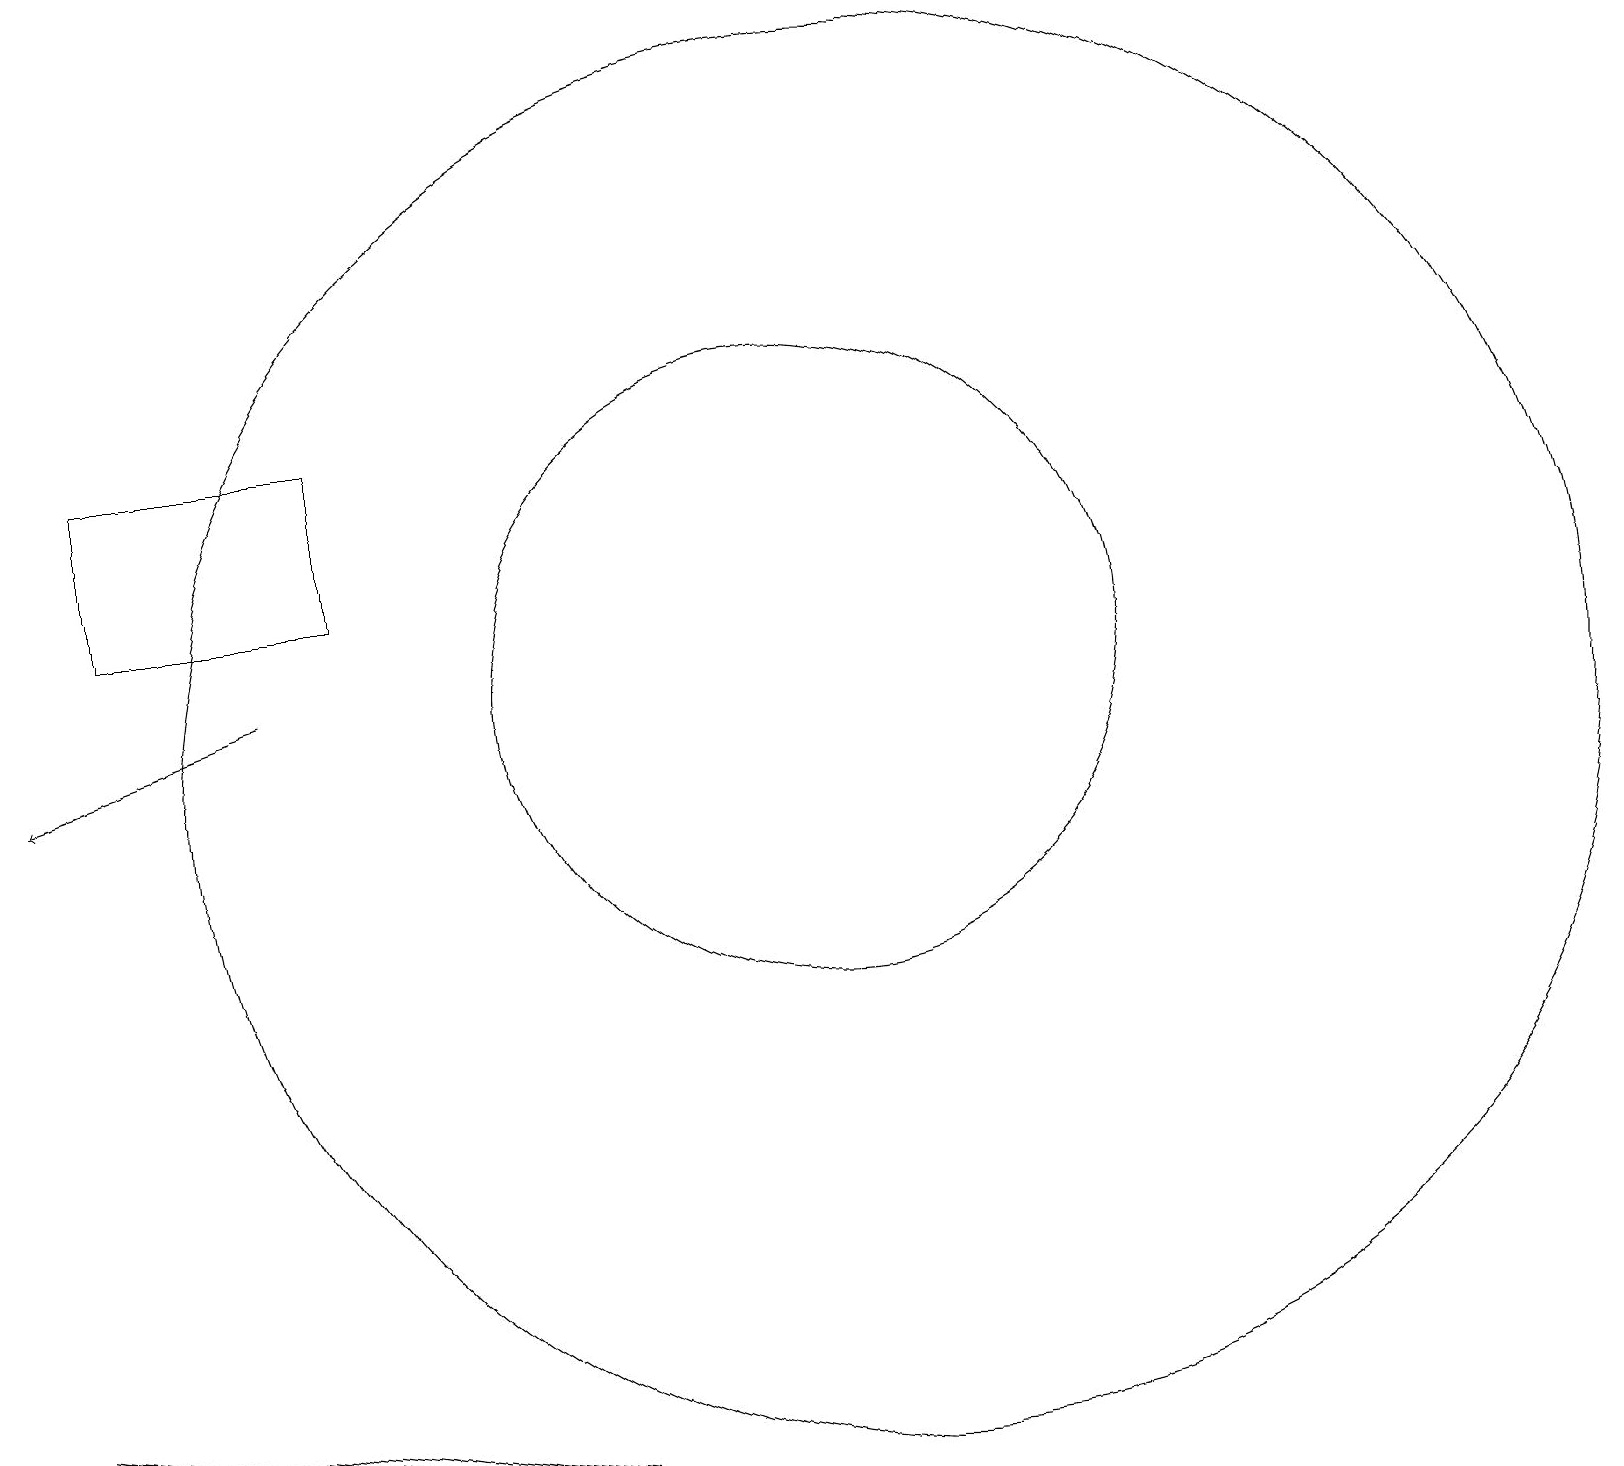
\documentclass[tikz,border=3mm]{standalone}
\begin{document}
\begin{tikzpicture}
\draw (0,2) -- (6,1) -- (7,1) -- cycle;
\draw (11,10) circle (9);
\draw (10,11) circle (4);
\draw[->] (3,11) -- (0,10);
\draw (4,14) rectangle (1,12);
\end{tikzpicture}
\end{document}